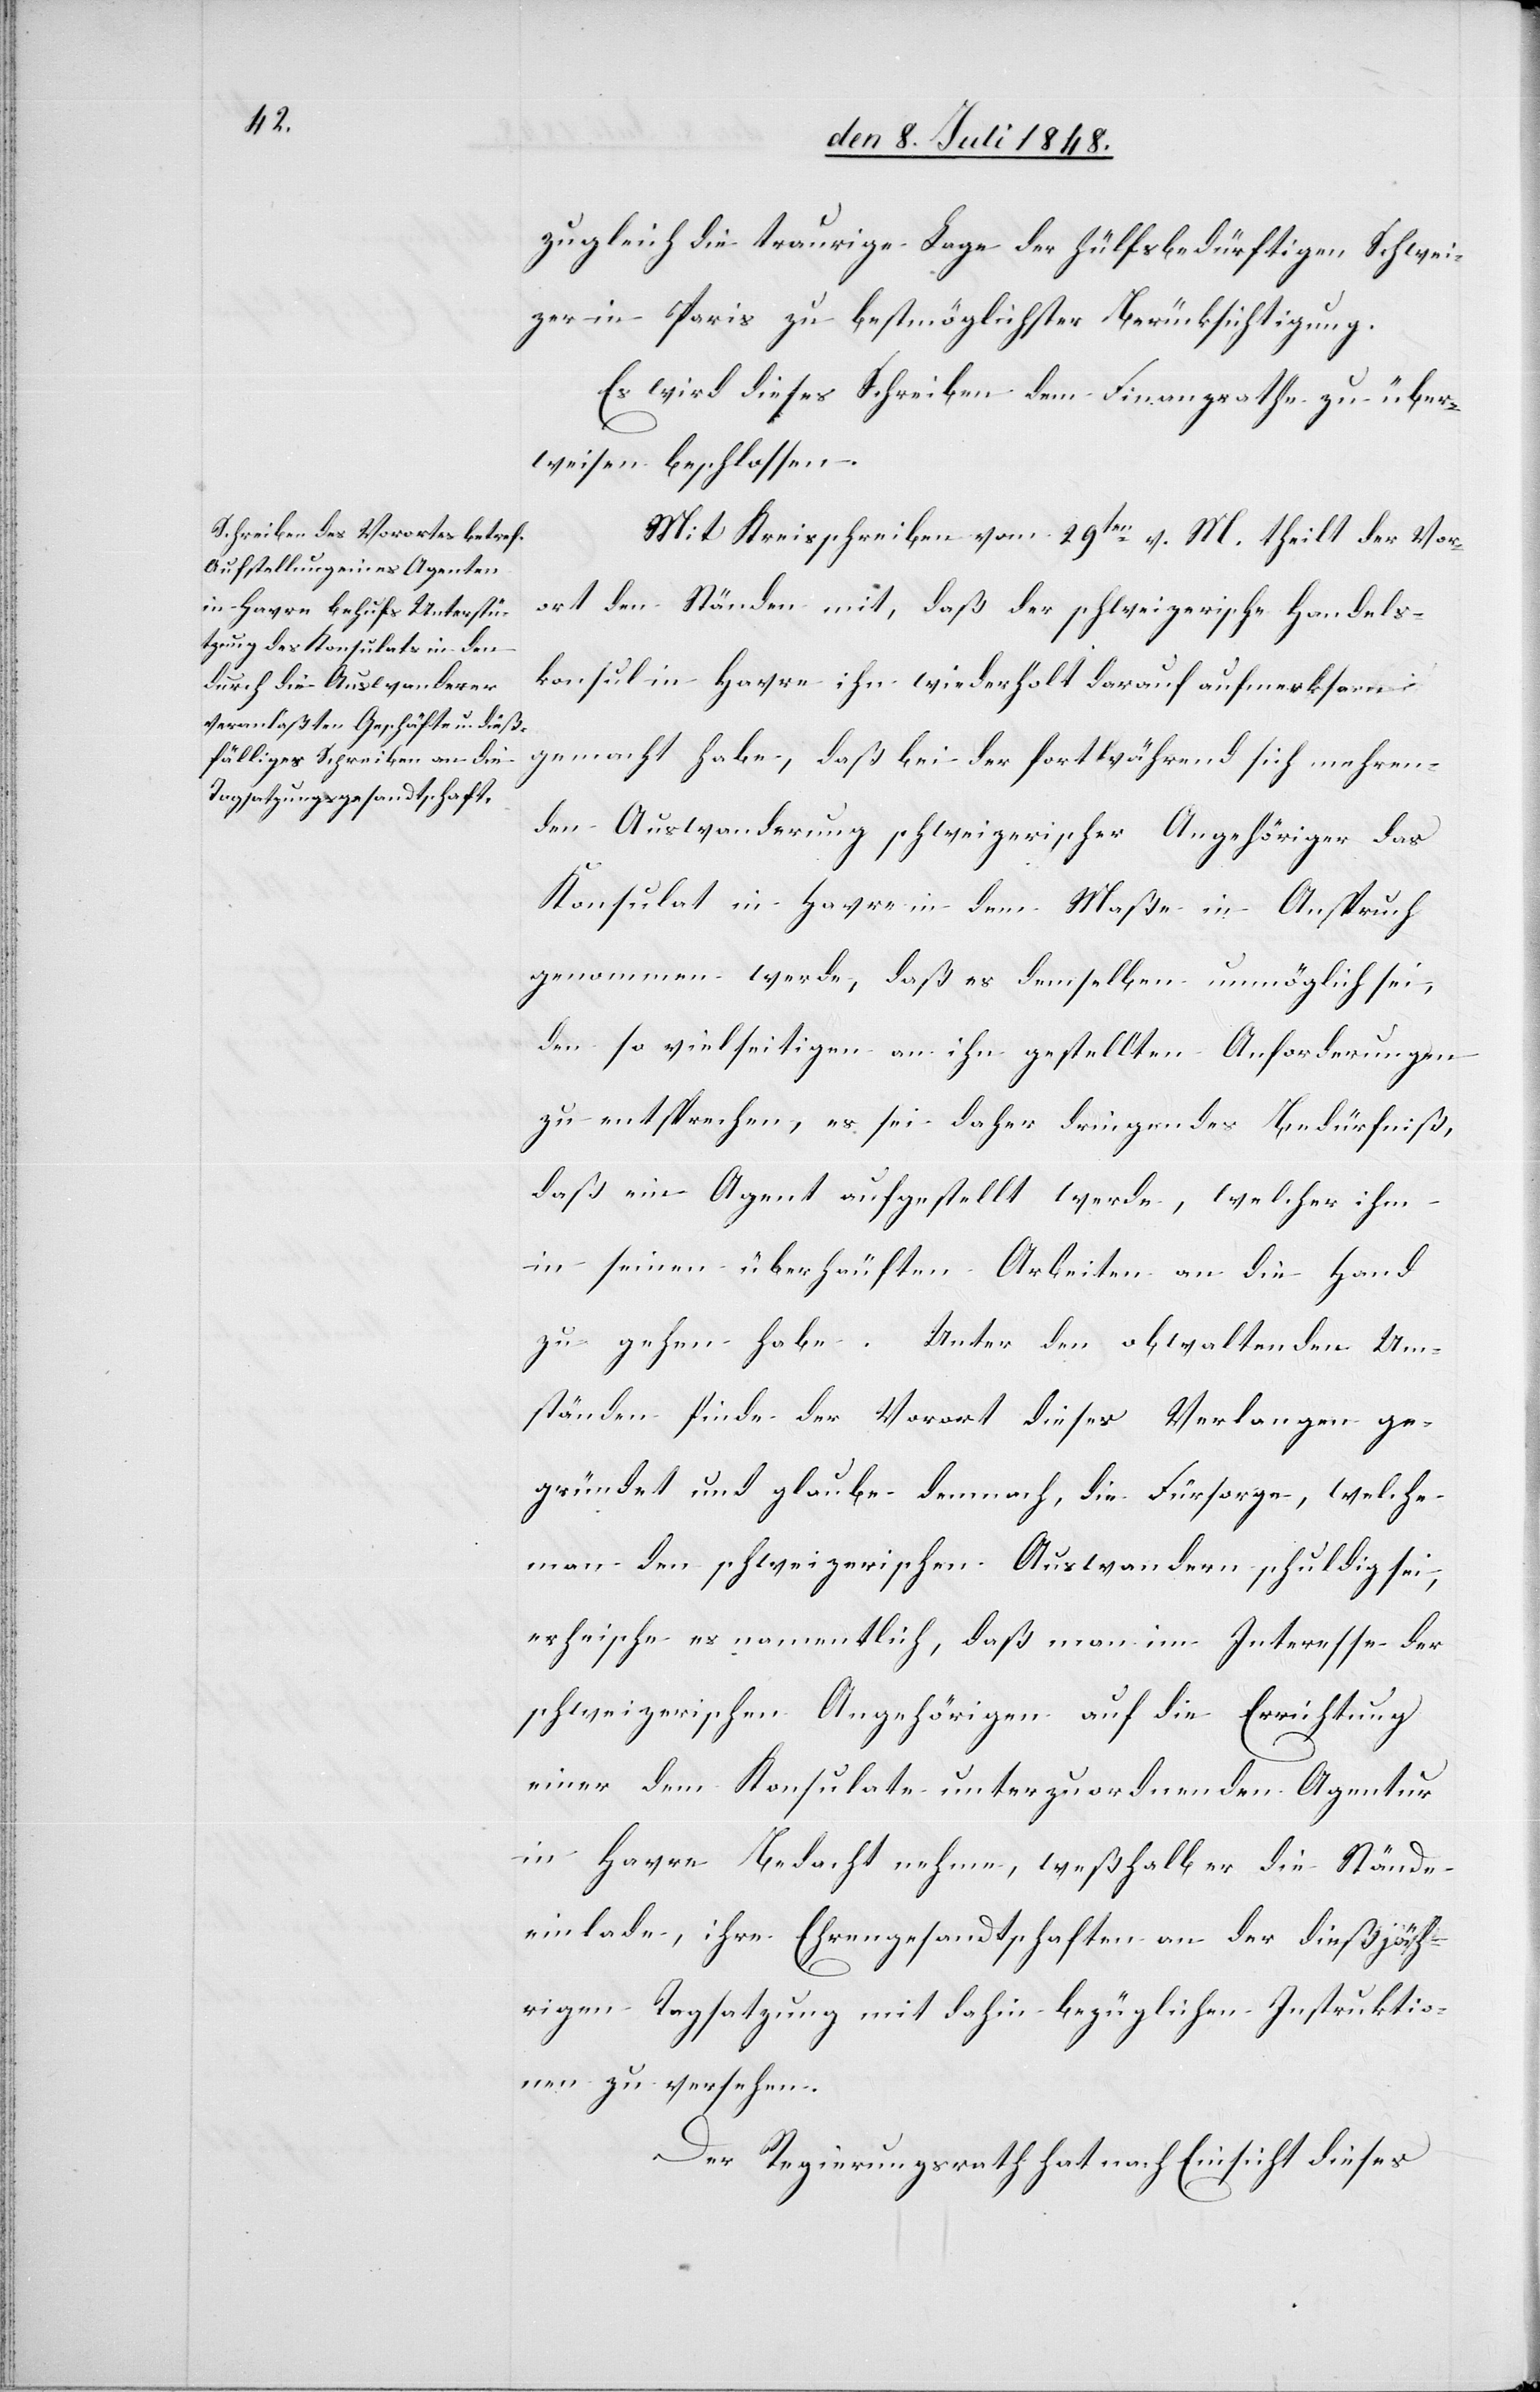
zugleich die traurige Lage der hülfsbedürftigen Schwei¬
zer in Paris zu bestmöglicher Berücksichtigung.
Es wird dieses Schreiben dem Finanzrathe zu über¬
weisen beschlossen.
Mit Kreisschreiben vom 29ten v. M., theilt der Vor¬
ort den Ständen mit, daß der schweizerische Handels¬
konsul in Havre ihn wiederholt darauf aufmerksam
gemacht habe, daß bei der fortwährend sich mehren¬
den Auswanderung schweizerischer Angehöriger das
Konsulat in Havre in dem Maße in Anspruch
genommen werde, daß es demselben unmöglich sei,
den so vielseitigen an ihn gestellten Anforderungen
zu entsprechen, es sei daher dringendes Bedürfniß,
daß ein Agent aufgestellt werde, welcher ihm
in seinen überhäuften Arbeiten an die Hand
zu gehen habe. Unter den obwaltenden Um¬
ständen finde der Vorort dieses Verlangen ge¬
gründet und glaube demnach, die Fürsorge welche
man den schweizerischen Auswanderern schuldig sie,
erheische es namentlich, daß man im Interesse der
schweizerischen Angehörigen auf die Errichtung
einer dem Konsulate unterzuordnenden Agentur
in Havre Bedacht nehme, weßhalb er die Stände
einlade, ihre Ehrengesandtschaften an der dießjäh¬
rigen Tagsatzung mit dahin bezüglichen Instruktio¬
nen zu versehen.
Der Regierungsrath hat nach Einsicht dieses